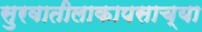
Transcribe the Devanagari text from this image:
सुरवातीलाकापसाच्या